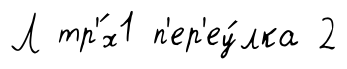
Л тр'́х1 п'ер'еу́лка 2